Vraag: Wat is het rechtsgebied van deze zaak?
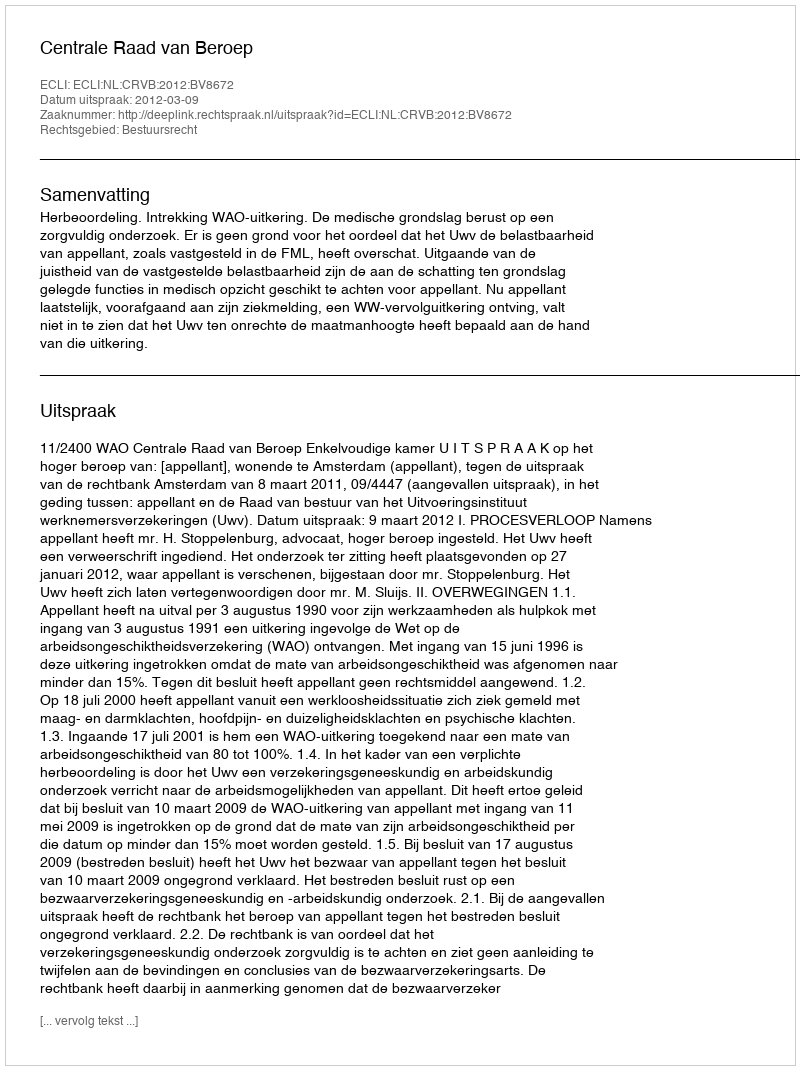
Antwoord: Bestuursrecht